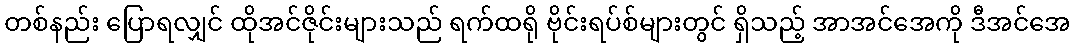
တစ်နည်း ပြောရလျှင် ထိုအင်ဇိုင်းများသည် ရက်ထရို ဗိုင်းရပ်စ်များတွင် ရှိသည့် အာအင်အေကို ဒီအင်အေ